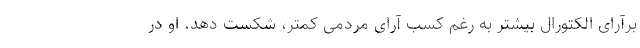
برآرای الکتورال بیشتر به رغم کسب آرای مردمی کمتر، شکست دهد. او در